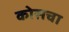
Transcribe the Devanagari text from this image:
कोसचा